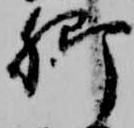
卿